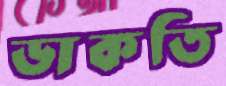
ডাকতি